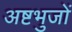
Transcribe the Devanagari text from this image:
अष्टभुजों